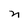
Character: n